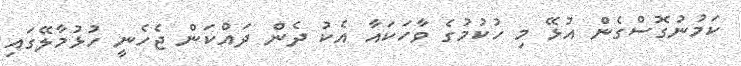
ކަމުނުގޮސްގެން އުޅޭ މި ހުކުމުގެ ވާހަކައާ އެކު ދެން ދައްކަން ޖެހެނީ ހުޅުމާލޭގައި